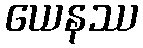
ယေနဿ